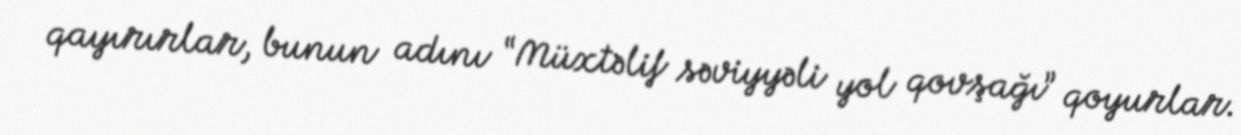
qayırırlar, bunun adını “Müxtəlif səviyyəli yol qovşağı” qoyurlar.